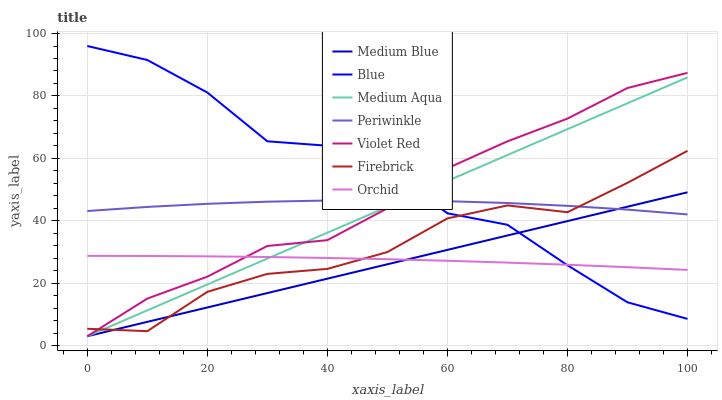
| xaxis_label | Medium Blue | Blue | Medium Aqua | Periwinkle | Violet Red | Firebrick | Orchid |
 | --- | --- | --- | --- | --- | --- | --- | --- |
 | 0 | 3 | 96 | 3 | 43.1 | 3 | 5.4 | 28.7 |
 | 10 | 7.61 | 91.5 | 11.3 | 44.4 | 15.1 | 4.63 | 28.7 |
 | 20 | 12.2 | 81.1 | 19.6 | 45.4 | 22.1 | 17.2 | 28.6 |
 | 30 | 16.8 | 65.5 | 27.9 | 46.1 | 31.9 | 23 | 28.4 |
 | 40 | 21.5 | 64 | 36.2 | 46.5 | 33.8 | 24.6 | 28.1 |
 | 50 | 26.1 | 56.4 | 44.5 | 46.5 | 44 | 30 | 27.7 |
 | 60 | 30.7 | 42.4 | 52.8 | 46.3 | 56.8 | 40.8 | 27.2 |
 | 70 | 35.3 | 38.7 | 61.1 | 45.7 | 65.5 | 44.9 | 26.6 |
 | 80 | 39.9 | 25.8 | 69.4 | 44.8 | 72.7 | 42.7 | 25.9 |
 | 90 | 44.5 | 13.9 | 77.7 | 43.6 | 82.5 | 52.2 | 25.1 |
 | 100 | 49.1 | 8.56 | 85.9 | 42 | 87.4 | 62.4 | 24.3 |